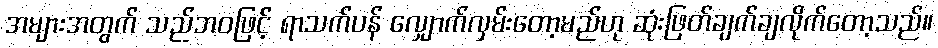
အများအတွက် သည်ဘဝဖြင့် ရာသက်ပန် လျှောက်လှမ်းတော့မည်ဟု ဆုံးဖြတ်ချက်ချလိုက်တော့သည်။